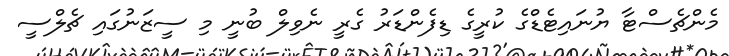
މެންޗެސްޓާ ޔުނައިޓެޑްގެ ކުރީގެ ޑިފެންޑަރު ގެރީ ނެވިލް ބުނީ މި ސީޒަނުގައި ޗެލްސީ